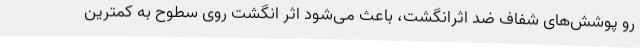
رو پوشش‌های شفاف ضد اثرانگشت، باعث می‌شود اثر انگشت روی سطوح به کمترین